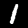
Label: 1